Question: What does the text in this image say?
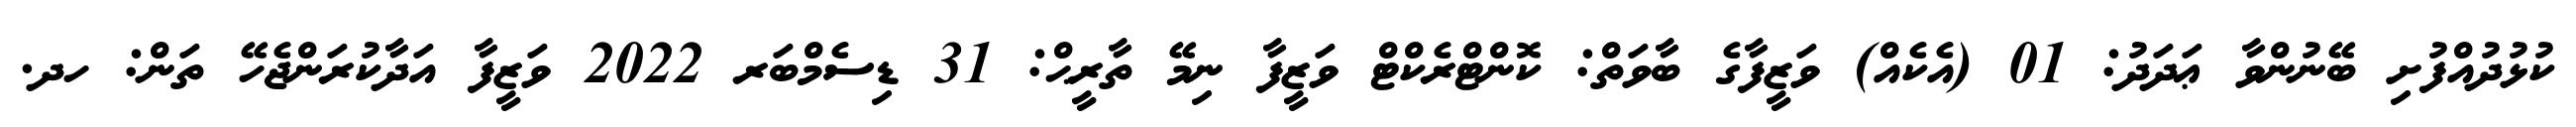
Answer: ކުޅުދުއްފުށި ބޭނުންވާ ޢަދަދު: 01 (އެކެއް) ވަޒީފާގެ ބާވަތް: ކޮންޓްރެކްޓް ވަޒީފާ ނިމޭ ތާރީޙް: 31 ޑިސެމްބަރ 2022 ވަޒީފާ އަދާކުރަންޖެހޭ ތަން: ހދ.